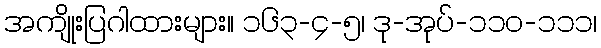
အကျိုးပြဂါထားများ။ ၁၆၃-၄-၅၊ ဒု-အုပ်-၁၁၀-၁၁၁၊